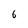
Character: 6